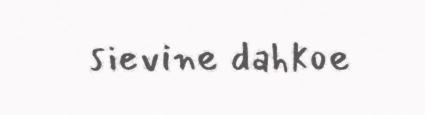
sievine dahkoe